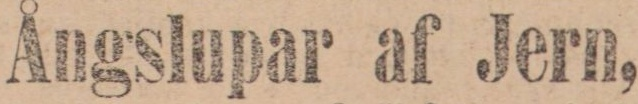
Ångslupar af Jern,